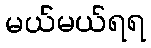
မယ်မယ်ရရ